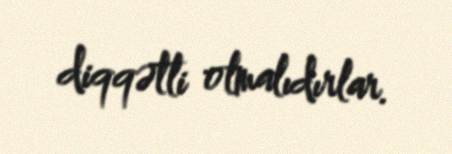
diqqətli olmalıdırlar.